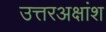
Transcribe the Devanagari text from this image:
उत्तरअक्षांश